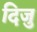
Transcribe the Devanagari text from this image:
दिजु